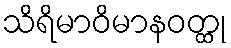
သိရိမာဝိမာနဝတ္ထု